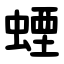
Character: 䗎